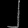
Digit: ၂